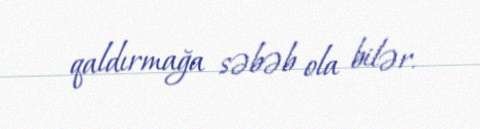
qaldırmağa səbəb ola bilər.